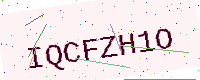
Text: IQCFZH1O